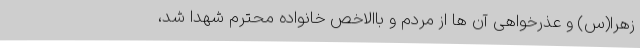
زهرا(س) و عذرخواهی آن ها از مردم و باالاخص خانواده محترم شهدا شد،